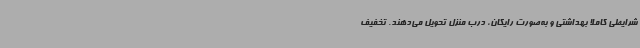
شرایطی کاملا بهداشتی و به‌صورت رایگان، درب منزل تحویل می‌دهند. تخفیف